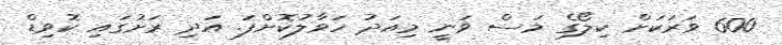
600 ވަރަކަށް ކިލޯގެ މަސް ވަނީ މިއަދު ހަވާލުކޮށްފަ. އަދި ރަށުގައި ކޮވިޑް